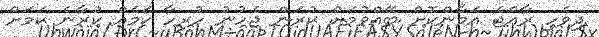
ދިވެހި ރާއްޖެ އަމާންކޮށް ބޭއްވުމަށް ކުރަން ޖެހުނު ހުރިހާ ކަމެއް ކުރާނެ ކަމަށް